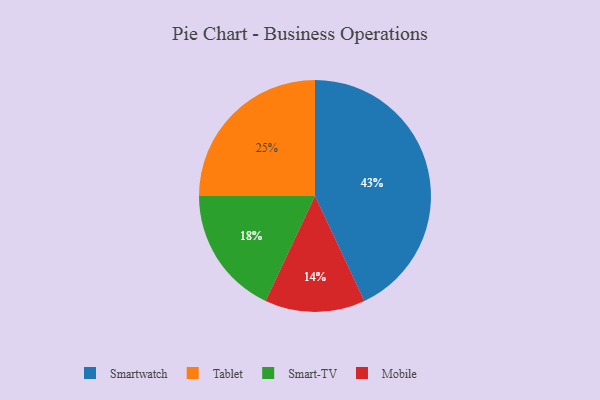
{"axis": {"x": "Category", "y": "Percentage"}, "legend": ["Mobile", "Smart-TV", "Smartwatch", "Tablet"], "data": [{"x": "Smart-TV", "y": 18, "type": "Smart-TV"}, {"x": "Mobile", "y": 14, "type": "Mobile"}, {"x": "Smartwatch", "y": 43, "type": "Smartwatch"}, {"x": "Tablet", "y": 25, "type": "Tablet"}]}